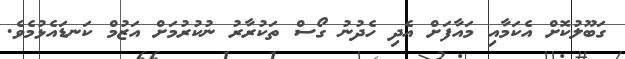
ގަބޫލުކޮށް އެކަމާއި މައާފަށް އެދި ހެދުނު ގޯސް ތަކުރާރު ނުކުރުމަށް އަޒުމް ކަނޑައެޅުމެވެ.